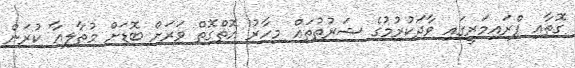
ގޮތާއި ޕްރައިމަރީގައި ވާދަކުރުމުގެ ޝަރުތުތައް މިހާރު އޮތްގޮތް ވަރަށް ބޮޑަށް މުތާލިއާ ކުރަން